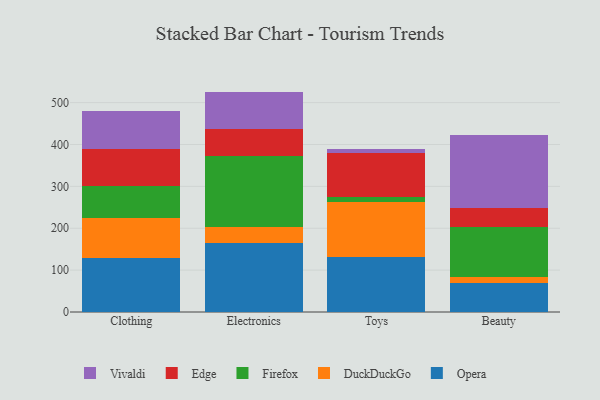
{"axis": {"x": "Category", "y": "Customer Acquisition Cost (USD)"}, "legend": ["DuckDuckGo", "Edge", "Firefox", "Opera", "Vivaldi"], "data": [{"x": "Clothing", "y": 129.7, "type": "Opera"}, {"x": "Clothing", "y": 94.4, "type": "DuckDuckGo"}, {"x": "Clothing", "y": 76.3, "type": "Firefox"}, {"x": "Clothing", "y": 89.9, "type": "Edge"}, {"x": "Clothing", "y": 90.6, "type": "Vivaldi"}, {"x": "Electronics", "y": 163.9, "type": "Opera"}, {"x": "Electronics", "y": 39.5, "type": "DuckDuckGo"}, {"x": "Electronics", "y": 168.7, "type": "Firefox"}, {"x": "Electronics", "y": 64.5, "type": "Edge"}, {"x": "Electronics", "y": 89.7, "type": "Vivaldi"}, {"x": "Toys", "y": 130.7, "type": "Opera"}, {"x": "Toys", "y": 132.2, "type": "DuckDuckGo"}, {"x": "Toys", "y": 10.6, "type": "Firefox"}, {"x": "Toys", "y": 106.5, "type": "Edge"}, {"x": "Toys", "y": 8.5, "type": "Vivaldi"}, {"x": "Beauty", "y": 69.6, "type": "Opera"}, {"x": "Beauty", "y": 14.6, "type": "DuckDuckGo"}, {"x": "Beauty", "y": 118.6, "type": "Firefox"}, {"x": "Beauty", "y": 46.7, "type": "Edge"}, {"x": "Beauty", "y": 173.1, "type": "Vivaldi"}]}